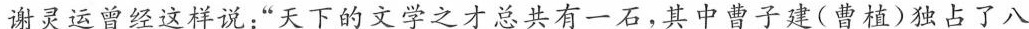
谢灵运曾经这样说：”天下的文学之才总共有一石，其中曹子建(曹植)独占了八